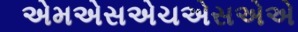
એમએસએચએસએએ